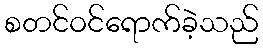
စတင်ဝင်ရောက်ခဲ့သည်